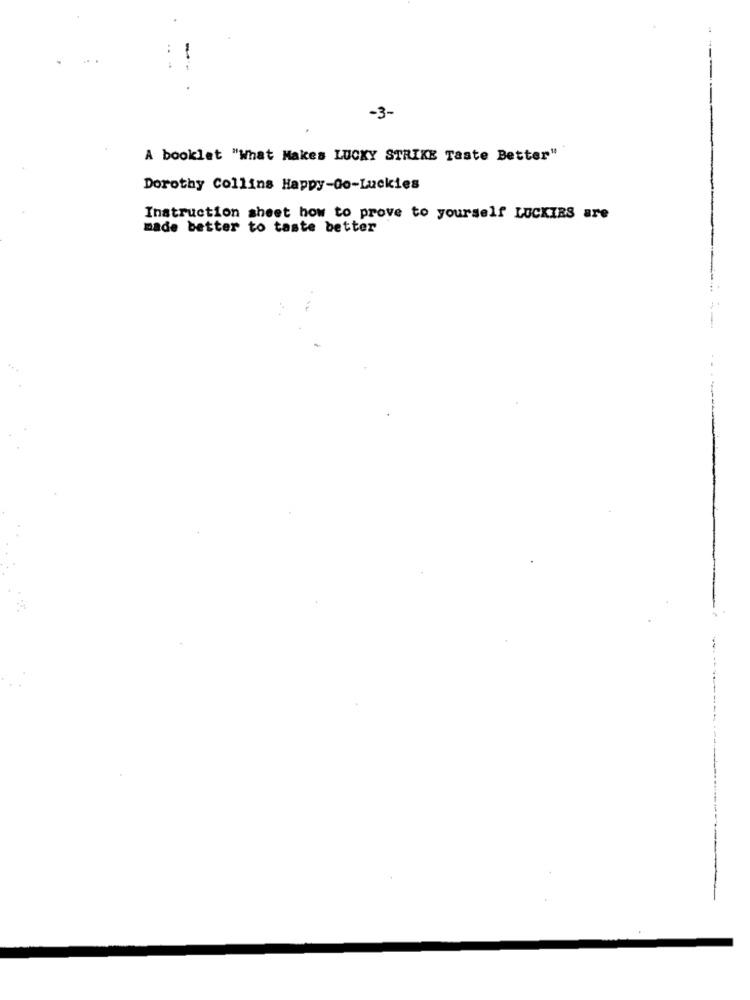
-3-
A booklet "What Makes LUCKY STRIKE Taste Better"
Dorothy Collins Happy-Go-Luckies
Instruction sheet how to prove to yourself LUCKIRS are
made better to taste better